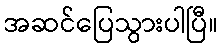
အဆင်ပြေသွားပါပြီ။